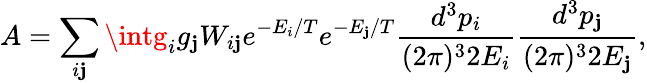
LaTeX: A=\sum_{i\mathbf{j}}\intg_{i}g_{\mathbf{j}}W_{i\mathbf{j}}e^{-E_{i}/T}e^{-E_{\mathbf{j}}/T}\frac{{d^{3}p_{i}}}{{(2\pi)^{3}2E_{i}}}\frac{{d^{3}p_{\mathbf{j}}}}{{(2\pi)^{3}2E_{\mathbf{j}}}},